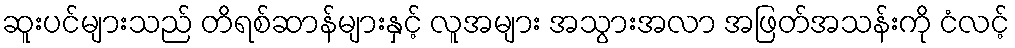
ဆူးပင်များသည် တိရစ်ဆာန်များနှင့် လူအများ အသွားအလာ အဖြတ်အသန်းကို ငံလင့်